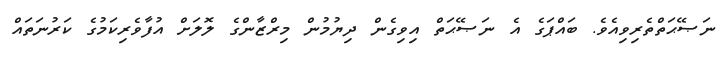
ނަޞޭޙަތްތެރިވިއެވެ. ބައްޕަގެ އެ ނަޞޭޙަތް އިވިގެން ދިޔުމުން މިރްޒާންގެ ލޮލަށް އުފާވެރިކަމުގެ ކަރުނަތައް